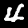
Digit: 4